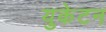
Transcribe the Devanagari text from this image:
युकेटन